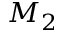
M _ { 2 }